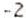
-2